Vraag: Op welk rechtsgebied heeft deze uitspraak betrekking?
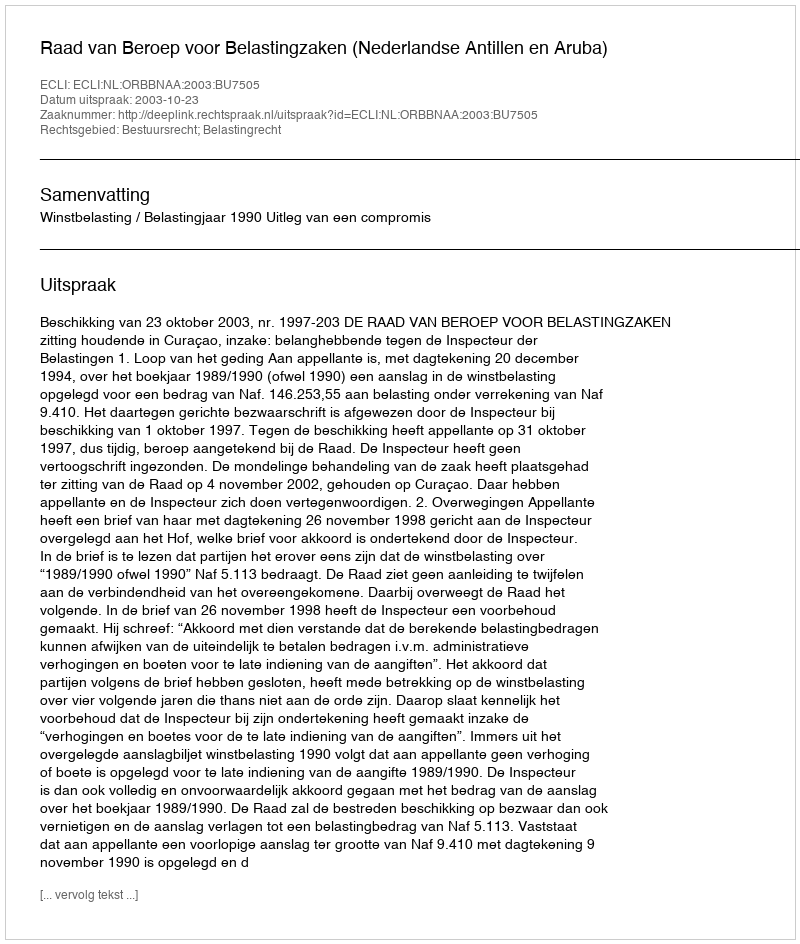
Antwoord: Bestuursrecht; Belastingrecht